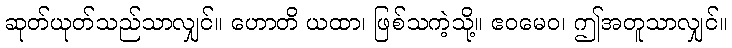
ဆုတ်ယုတ်သည်သာလျှင်။ ဟောတိ ယထာ၊ ဖြစ်သကဲ့သို့။ ဧဝမေဝ၊ ဤအတူသာလျှင်။